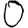
Digit: 0